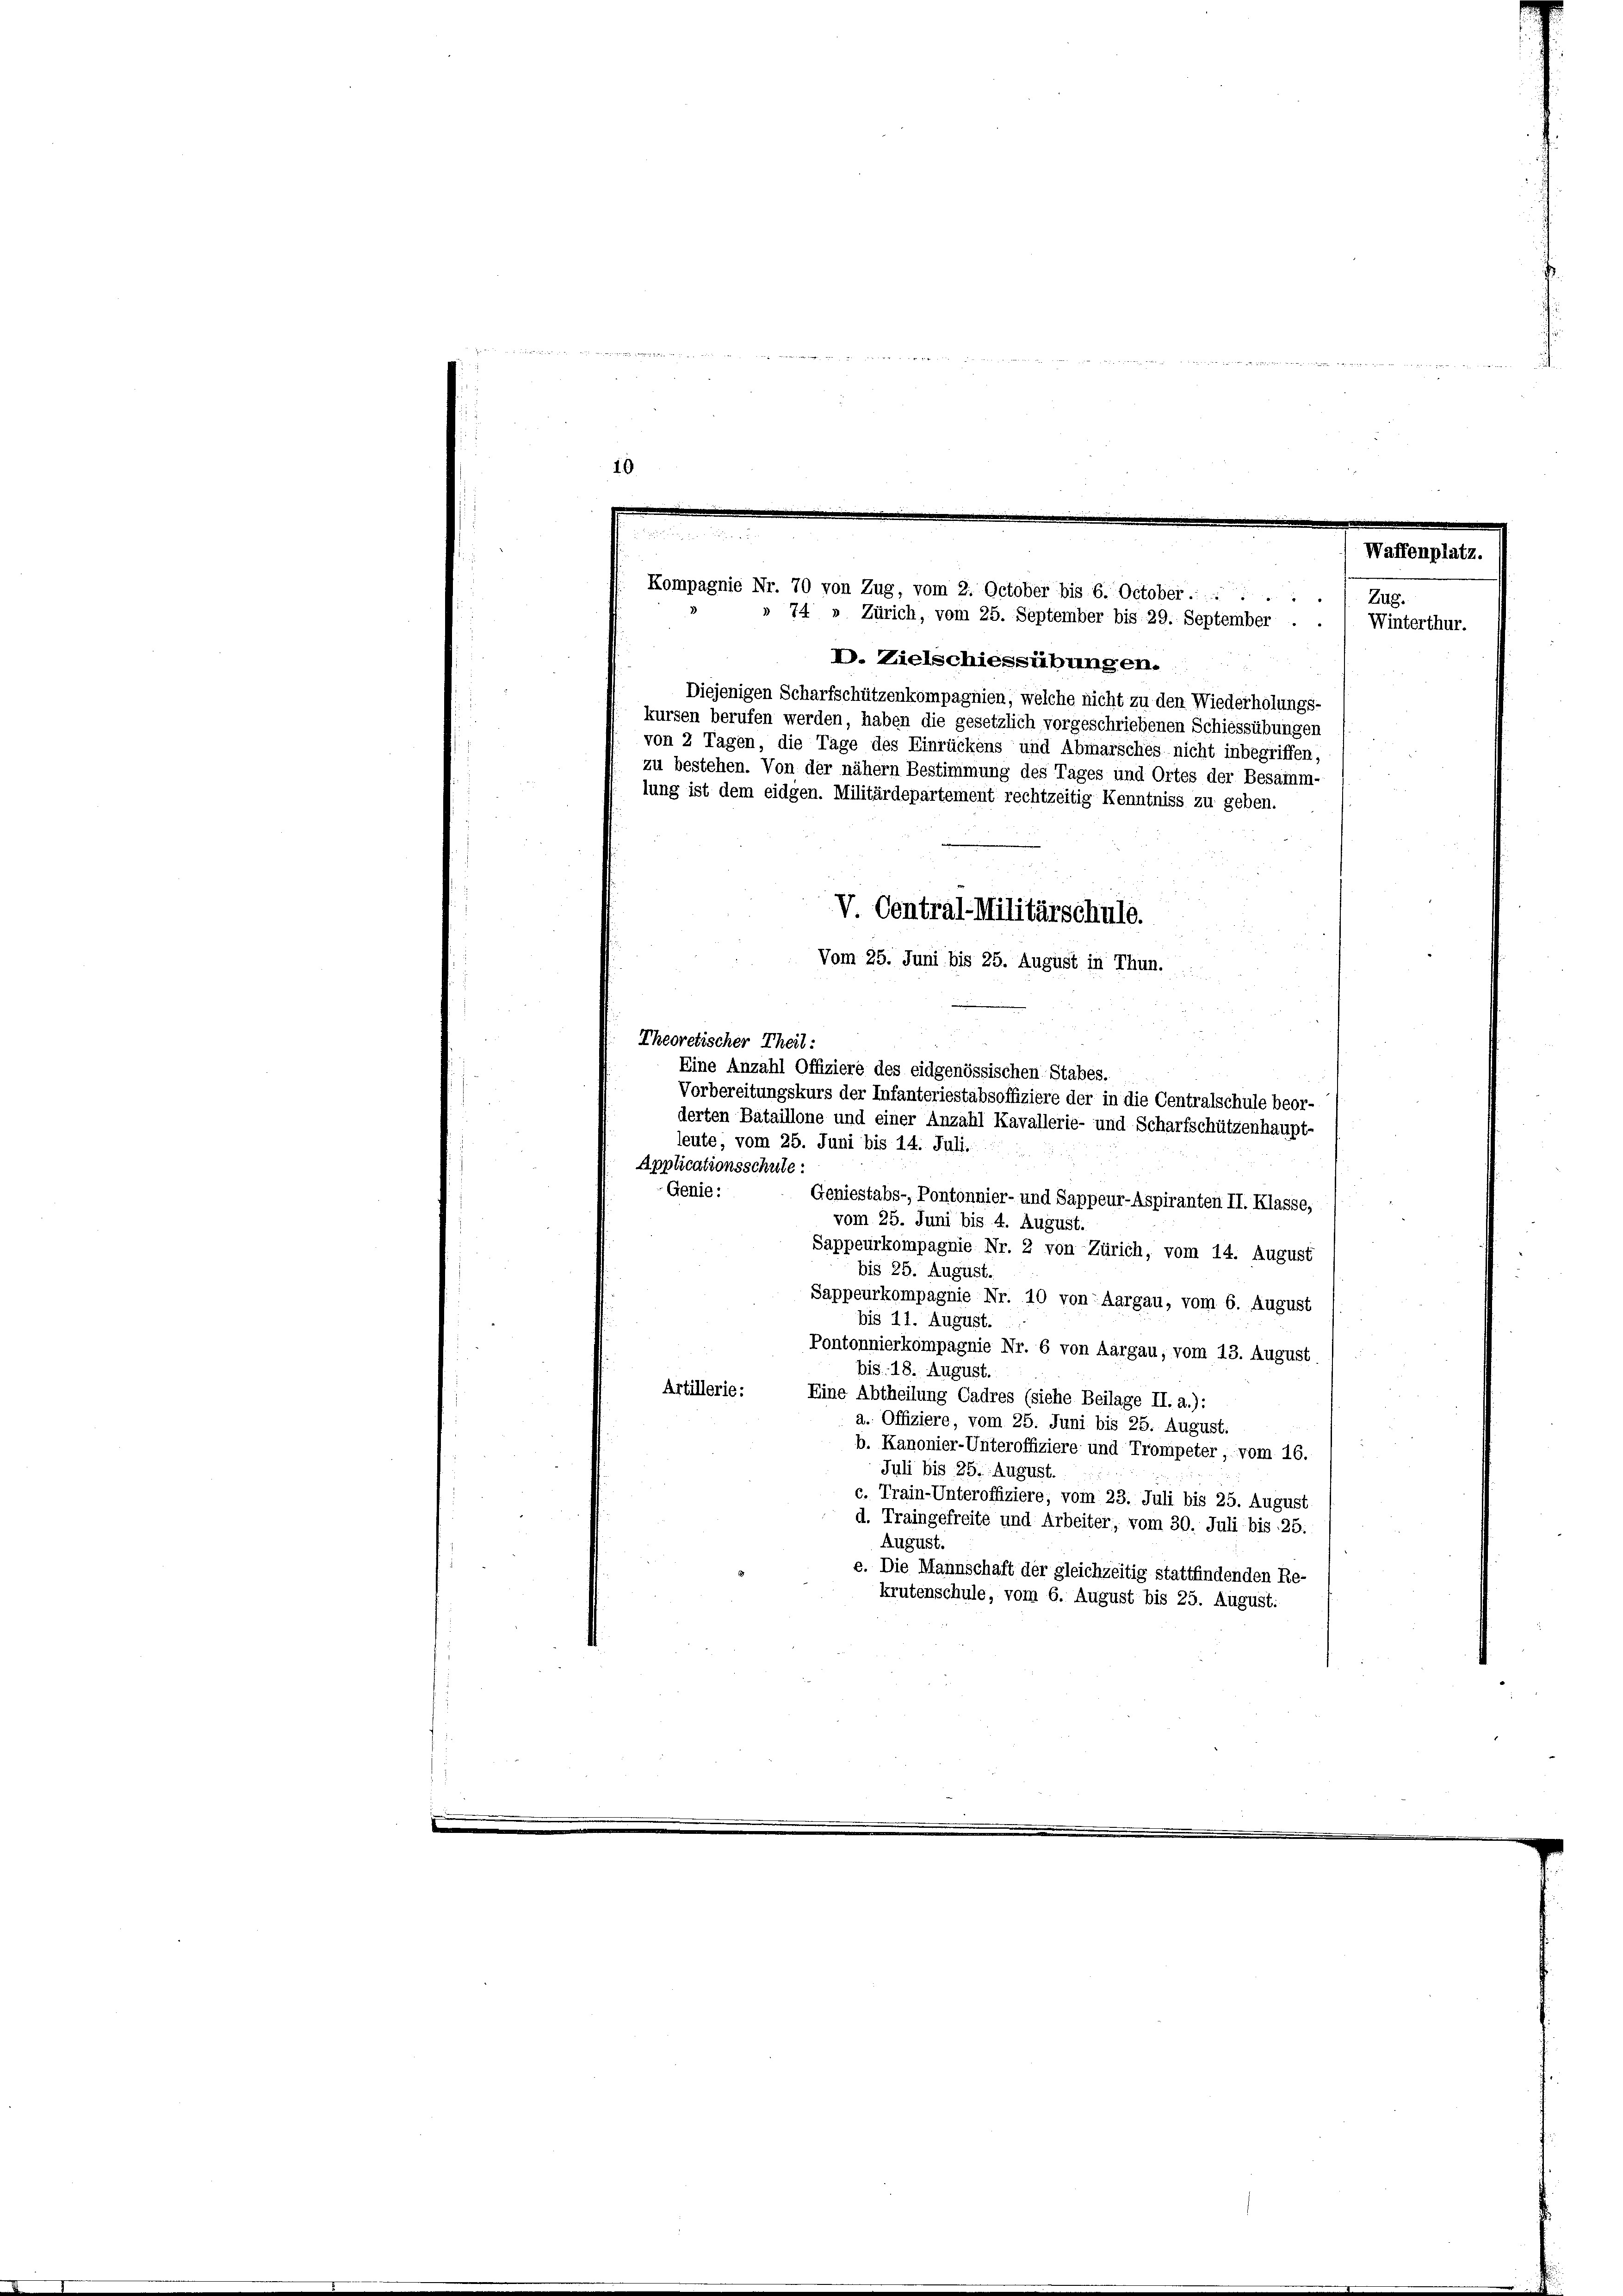
d
10

Theoretischer Theil:
leute, vom 25. Juni bis 14. Juli.
Applicationsschule:
Genie:
Geniestabs-, Pontonnier- und Sappeur-Aspiranten II. Klasse,
vom 25. Juni bis 4. August.
Sappeurkompagnie Nr. 2 von Zürich, vom 14. August
bis 25. August.
Sappeurkompagnie Nr. 10 von Aargau, vom 6. August
bis 11. August.
Pontonnierkompagnie Nr. 6 von Aargau, vom 13. August.
bis 18. August.
Artillerie:
Eine Abtheilung Cadres (siehe Beilage II. a.):
a. Offiziere, vom 25. Juni bis 25. August.
b. Kanonier-Unteroffiziere und Trompeter, vom 16.
Juli bis 25. August.
c. Train-Unteroffiziere, vom 23. Juli bis 25. August
d. Traingefreite und Arbeiter, vom 30. Juli bis 25.
August.
e. Die Mannschaft der gleichzeitig stattfindenden Re-
krutenschule, vom 6. August bis 25. August.

Waffenplatz.
Kompagnie Nr. 70 von Zug, vom 2. October bis 6. October......
Zug.
V. Centri
.
tilitä
Schule.
Vom 25. Juni bis 25. August in Thun.

» 74 » Zürich, vom 25. September bis 29. September
Winterthur.
D. Zielschiessübungen.
Diejenigen Scharfschützenkompagnien, welche nicht zu den Wiederholungs-
kursen berufen werden, haben die gesetzlich vorgeschriebenen Schiessübungen
von 2 Tagen, die Tage des Einrückens und Abmarsches nicht inbegriffen,
zu bestehen. Von der nähern Bestimmung des Tages und Ortes der Besamm-
lung ist dem eidgen. Militärdepartement rechtzeitig Kenntniss zu geben.

Eine Anzahl Offiziere des eidgenössischen Stabes.
Vorbereitungskurs der Infanteriestabsoffiziere der in die Centralschule beor-
derten Bataillone und einer Anzahl Kavallerie- und Scharfschützenhaupt-